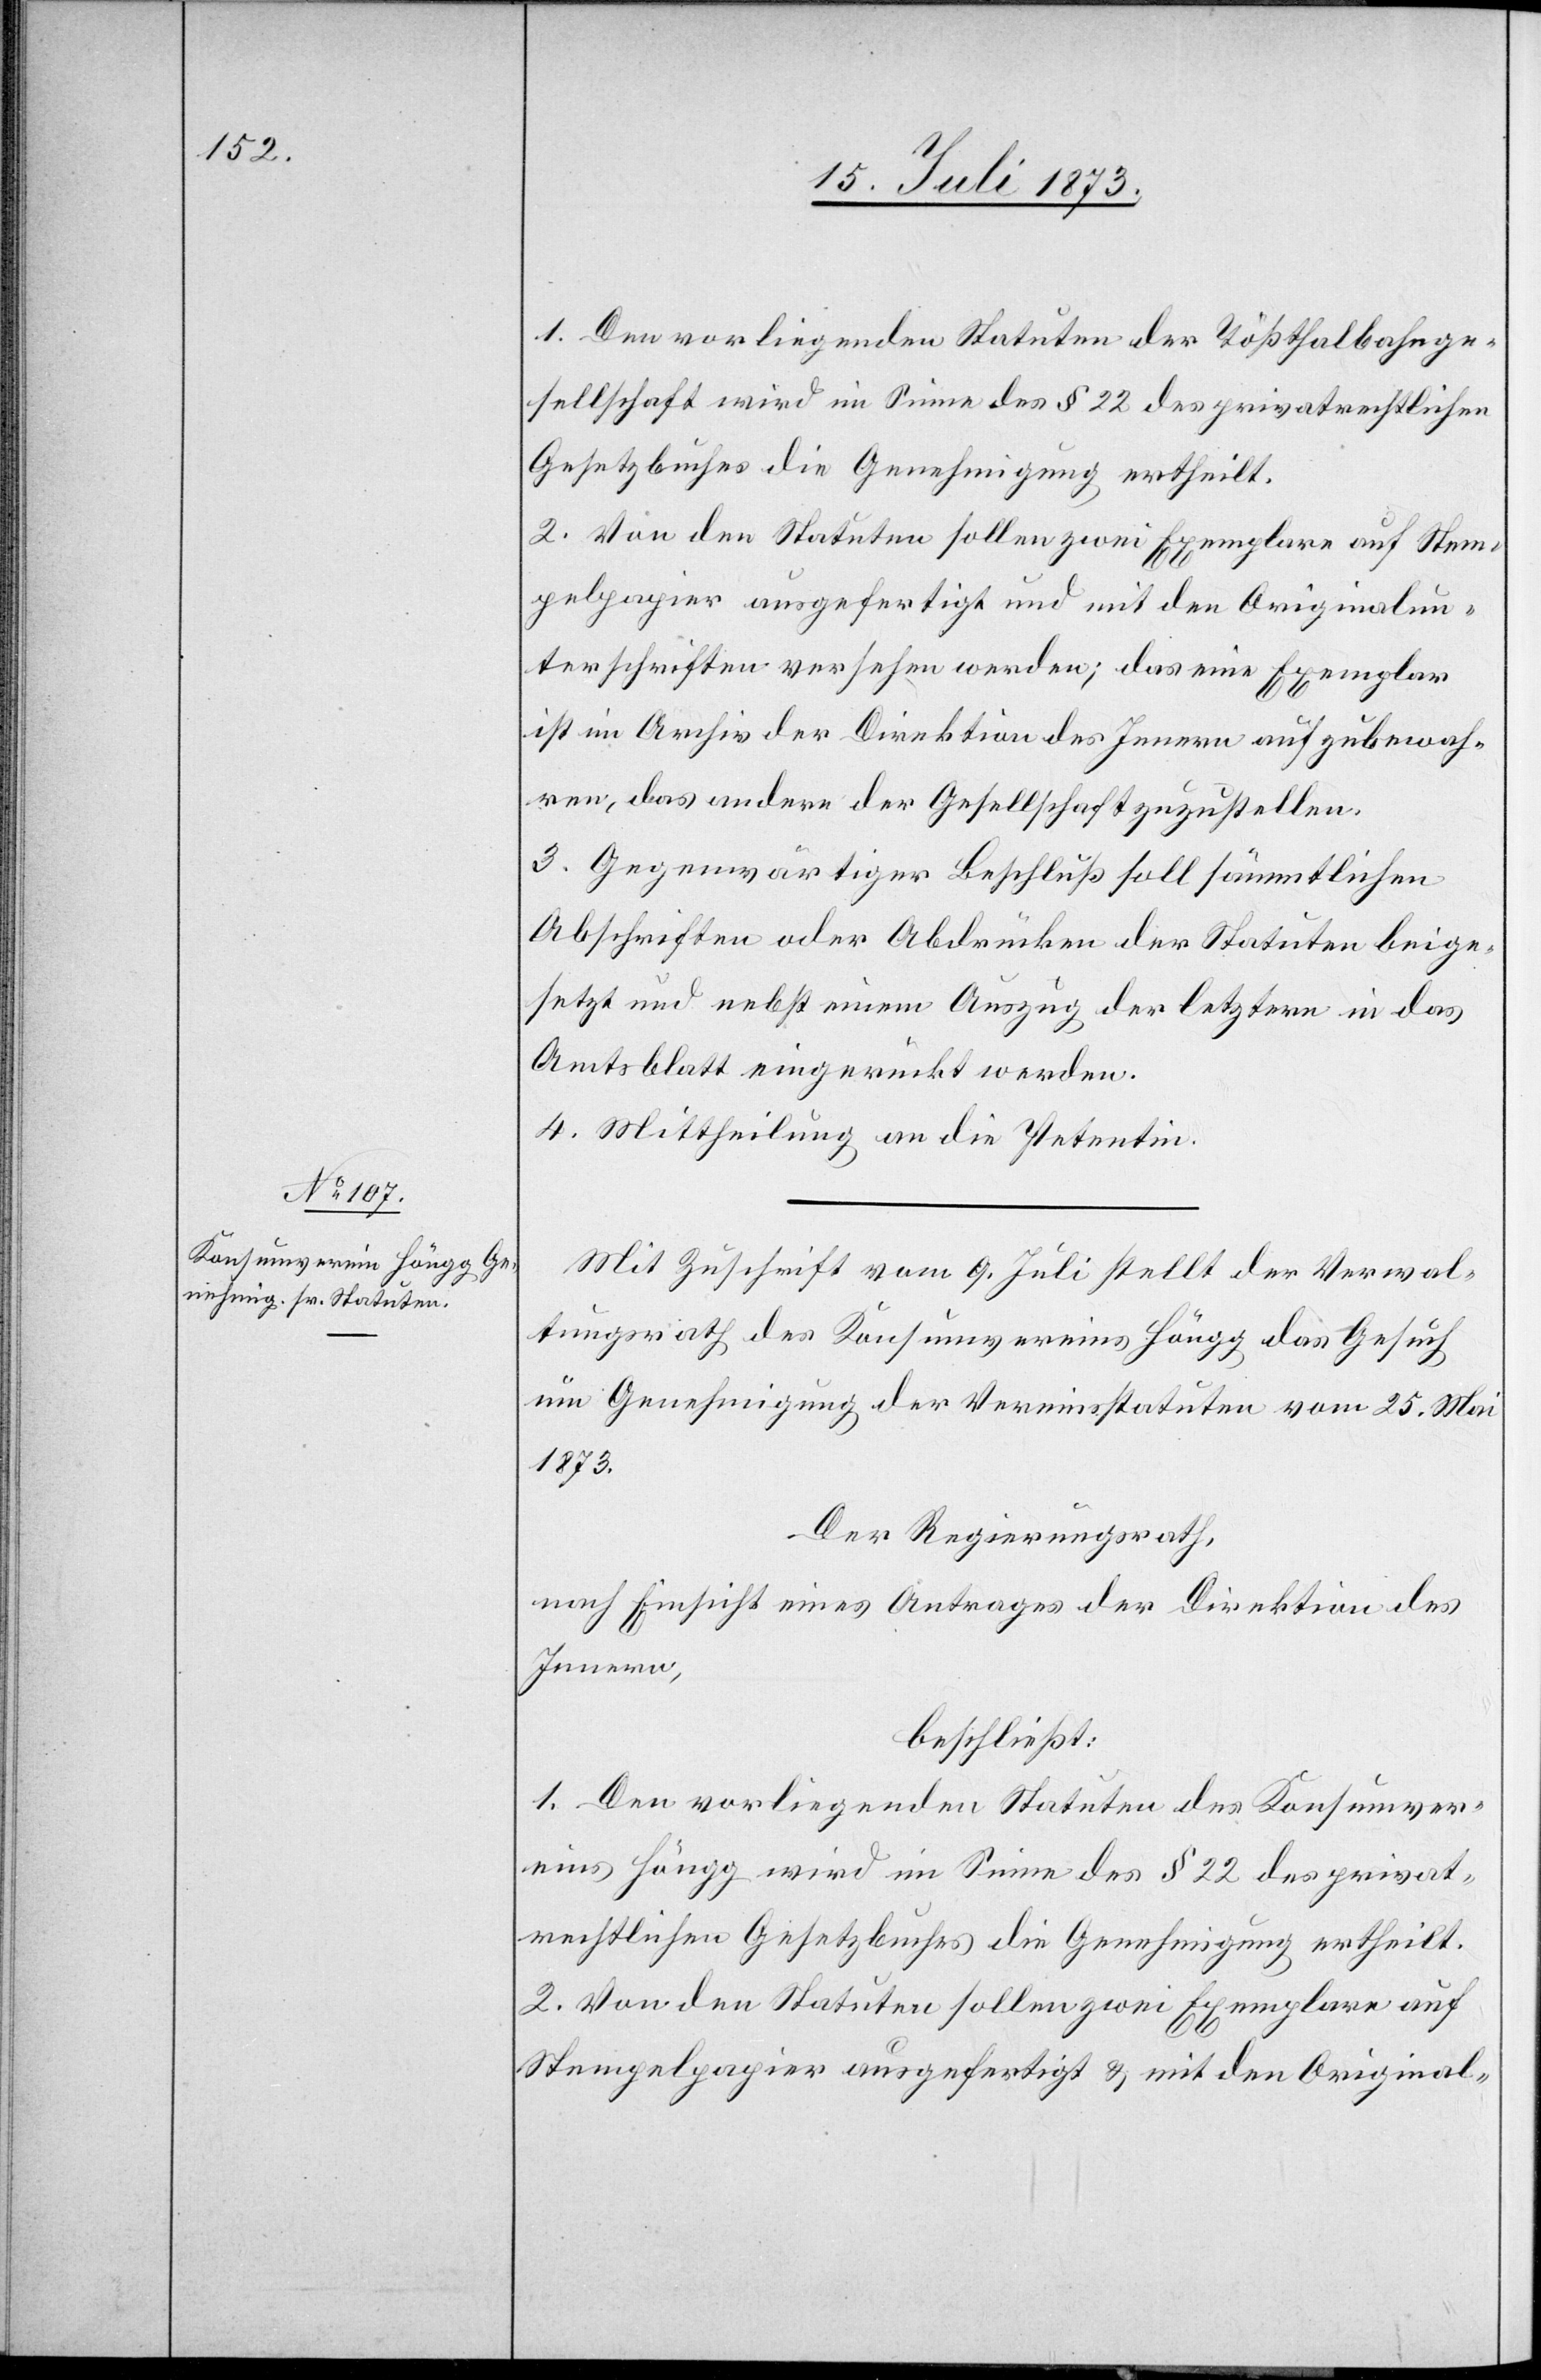
1. Den vorliegenden Statuten der Tößthalbahnge¬
sellschaft wird im Sinne des § 22 des privatrechtlichen
Gesetzbuches die Genehmigung ertheilt.
2. Von den Statuten sollen zwei Exemplare auf Stem¬
pelpapier ausgefertigt und mit den Originalun¬
terschriften versehen werden; das eine Exemplar
ist im Archiv der Direktion des Innern aufzubewah¬
ren, das andere der Gesellschaft zuzustellen.
3. Gegenwärtiger Beschluß soll sämmtlichen
Abschriften oder Abdrücken der Statuten beige¬
setzt und nebst einem Auszug der letztern in das
Amtsblatt eingerückt werden.
4. Mittheilung an die Petentin.
Mit Zuschrift vom 9. Juli stellt der Verwal¬
tungsrath des Konsumvereins Höngg das Gesuch
um Genehmigung der Vereinsstatuten vom 25. Mai
1873.
Der Regierungsrath,
nach Einsicht eines Antrages der Direktion des
Innern,
beschließt:
1. Den vorliegenden Statuten des Konsumver¬
eins Höngg wird im Sinne des § 22 des privat¬
rechtlichen Gesetzbuches die Genehmigung ertheilt.
2. Von den Statuten sollen zwei Exemplare auf
Stempelpapier ausgefertigt & mit den Original-